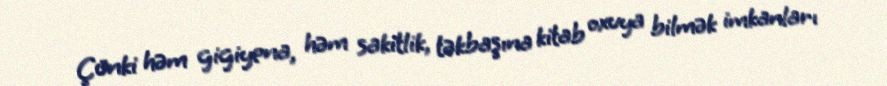
Çünki həm gigiyena, həm sakitlik, təkbaşına kitab oxuya bilmək imkanları